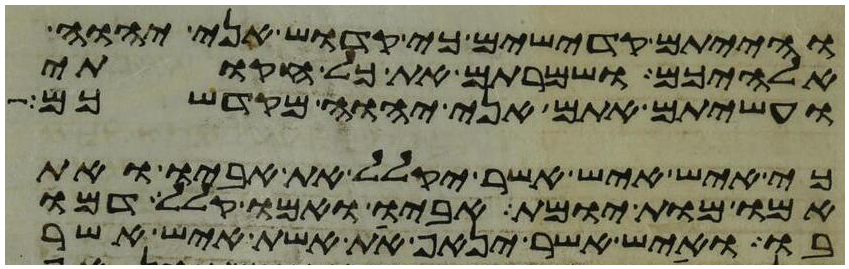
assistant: והייתם קדישים כי קדוש אני יהוה
אלהיכם ושמרתם את כל חקותי
ועשיתם אתם אני יהוה מקדשכם
כי איש איש אשר יקלל את אביו ואת
אמו מות יומת אביו ואמו קלל דמו
בו ואיש אשר ינאף את אשת איש אשר